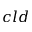
c l d